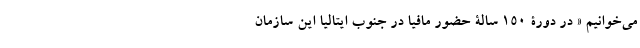
می‌خوانیم « در دورۀ 150 سالۀ حضور مافیا در جنوب ایتالیا این سازمان